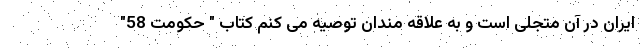
ایران در آن متجلی است و به علاقه مندان توصیه می کنم کتاب " حکومت 58"